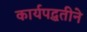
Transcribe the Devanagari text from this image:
कार्यपद्धतीने